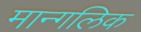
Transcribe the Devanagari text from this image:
मान्गलिक